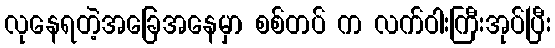
လုနေရတဲ့အခြေအနေမှာ စစ်တပ် က လက်ဝါးကြီးအုပ်ပြီး